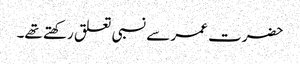
حضرت عمر سے نسبی تعلق رکھتے تھے۔